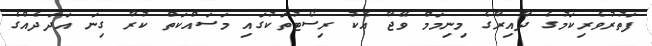
ފަތުރުވެރިކަމުގެ ދާއިރާގެ މިނިމަމް ވޭޖާ އެކު ރިސޯޓުތަކުގައި މަސައްކަތް ކުރާ ގިނަ އަދަދެއްގެ